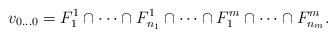
LaTeX: \begin{align*}v_{0 \dots 0}= F_1^1 \cap \dots \cap F_{n_1}^1 \cap \dots \cap F_1^m \cap \dots \cap F_{n_m}^m.\end{align*}